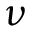
\nu